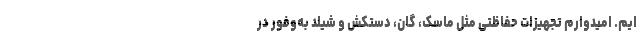
ایم. امیدوارم تجهیزات حفاظتی مثل ماسک، گان، دستکش و شیلد به‌وفور در